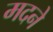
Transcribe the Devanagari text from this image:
मदने